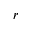
r